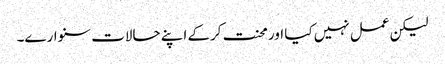
لیکن عمل نہیں کیا اور محنت کرکے اپنے حالات سنوارے۔